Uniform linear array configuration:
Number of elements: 32
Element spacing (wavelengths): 1
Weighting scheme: hamming
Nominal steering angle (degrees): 0
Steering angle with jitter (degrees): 1.797
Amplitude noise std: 0.05
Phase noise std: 0.05

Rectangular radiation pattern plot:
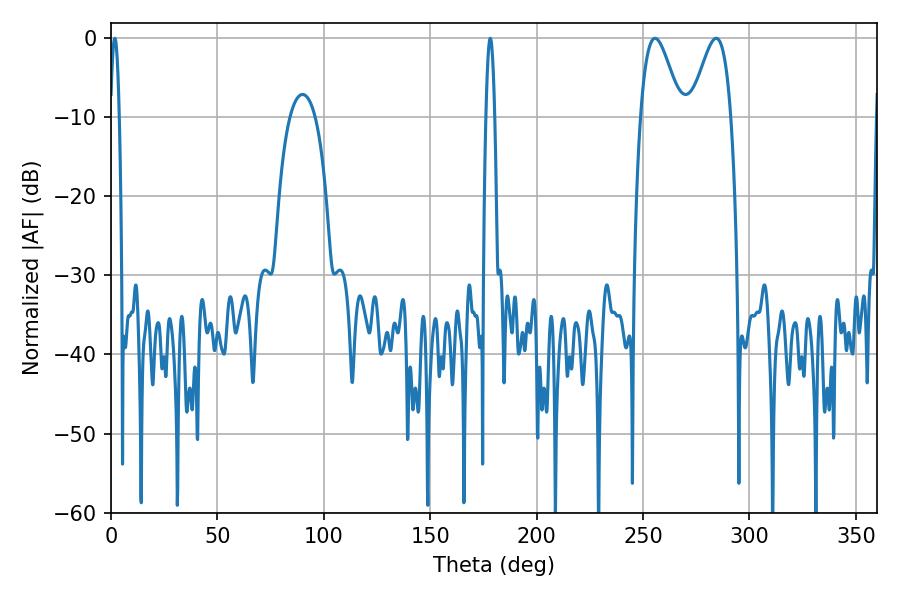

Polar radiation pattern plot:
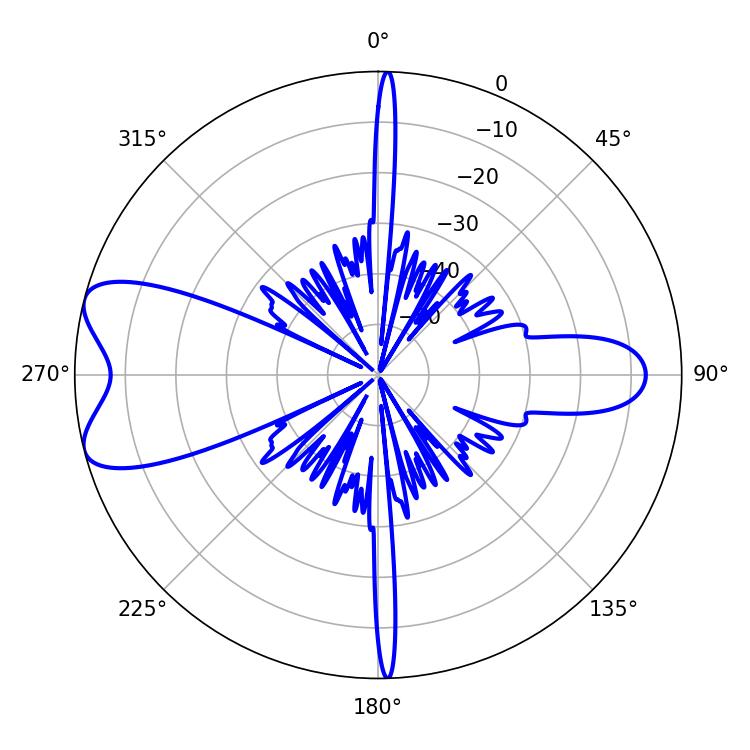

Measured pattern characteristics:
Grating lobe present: TRUE
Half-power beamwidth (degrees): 2.16
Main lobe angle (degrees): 1.8